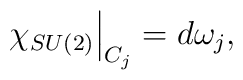
\left. \chi _{SU(2)}\right| _{C_{j}}=d\omega _{j},